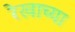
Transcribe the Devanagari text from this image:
रेखाच्या